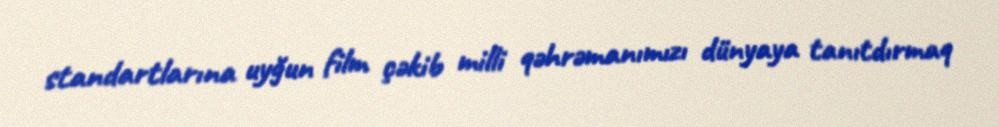
standartlarına uyğun film çəkib milli qəhrəmanımızı dünyaya tanıtdırmaq